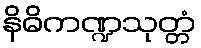
နိဓိကဏ္ဍသုတ္တံ